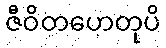
ဇီဝိတဟေတုပိ